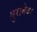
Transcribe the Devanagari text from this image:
गुराबेवर